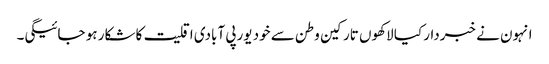
انہون نے خبردار کیا لاکھوں تارکین وطن سے خود یورپی آبادی اقلیت کا شکار ہو جائیگی۔